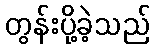
တွန်းပို့ခဲ့သည်